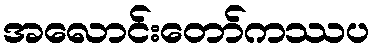
အလောင်းတော်ကဿပ